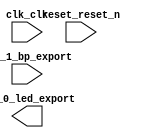

module lab1_sys (
	clk_clk,
	pio_0_led_export,
	pio_1_bp_export,
	reset_reset_n);	

	input		clk_clk;
	output	[7:0]	pio_0_led_export;
	input	[7:0]	pio_1_bp_export;
	input		reset_reset_n;
endmodule